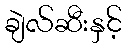
ချဲလ်ဆီးနှင့်